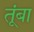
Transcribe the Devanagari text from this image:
तूंबा